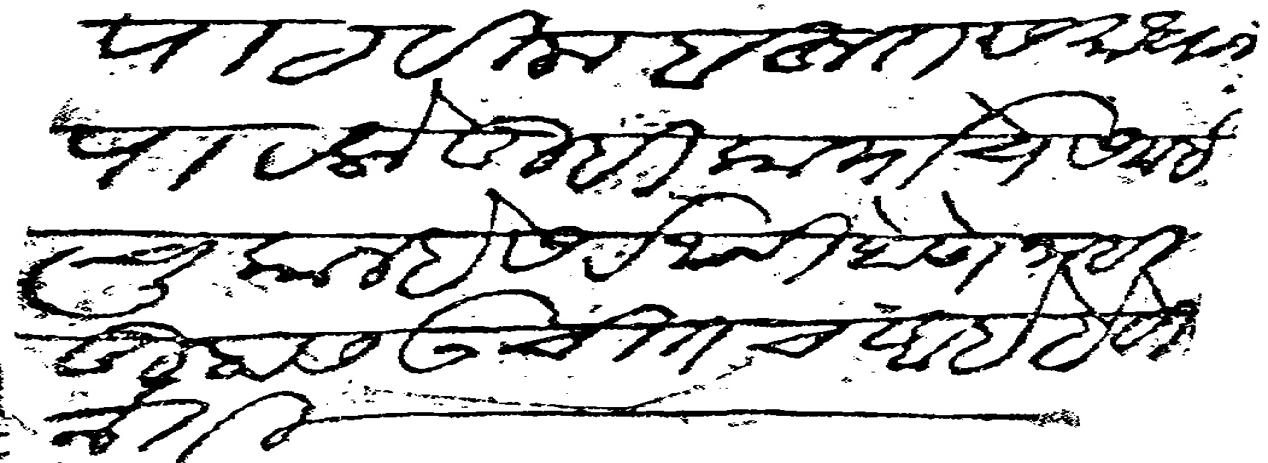
Transliteration (Devanagari): पाठवीला बहुत समाधान पावलो तुम्ही कार्याचे समई चुकाल हे सर्वथाची होणे नाही तुम्हास उचीतच आहे हे विनती बहुत काये लिहीणे